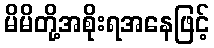
မိမိတို့အစိုးရအနေဖြင့်